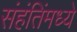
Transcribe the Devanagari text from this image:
संहंतिंमध्ये